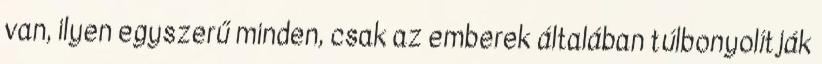
van, ilyen egyszerű minden, csak az emberek általában túlbonyolítják